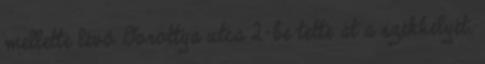
mellette lévő Dorottya utca 2-be tette át a székhelyét.